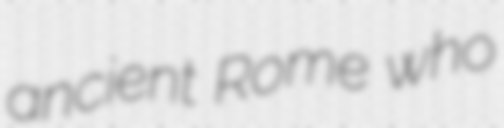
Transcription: ancient Rome who